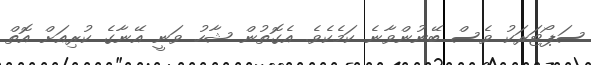
ސަޕޯޓަރަކު ވެސް ބޭނުންވާނެ ކަމެކެވެ. އެގޮތުން ޝާހު ވަނީ އޭނާގެ ކުރިއަށް އޮތް